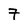
Character: 7